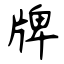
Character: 牌